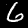
Digit: 6